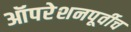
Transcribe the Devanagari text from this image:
ऑपरेशनपूर्वीच